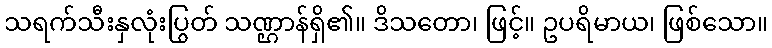
သရက်သီးနှလုံးပြွတ် သဏ္ဌာန်ရှိ၏။ ဒိသတော၊ ဖြင့်။ ဥပရိမာယ၊ ဖြစ်သော။